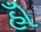
હોઁ